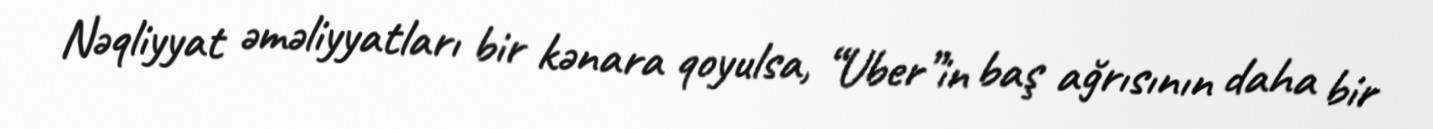
Nəqliyyat əməliyyatları bir kənara qoyulsa, “Uber”in baş ağrısının daha bir